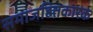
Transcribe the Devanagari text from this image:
समाजहितकारक